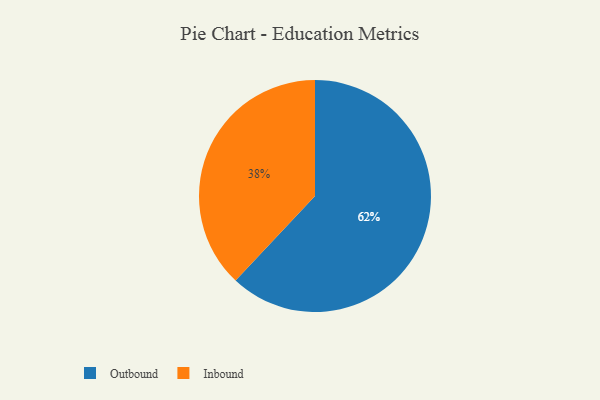
{"axis": {"x": "Category", "y": "Percentage"}, "legend": ["Inbound", "Outbound"], "data": [{"x": "Outbound", "y": 62, "type": "Outbound"}, {"x": "Inbound", "y": 38, "type": "Inbound"}]}